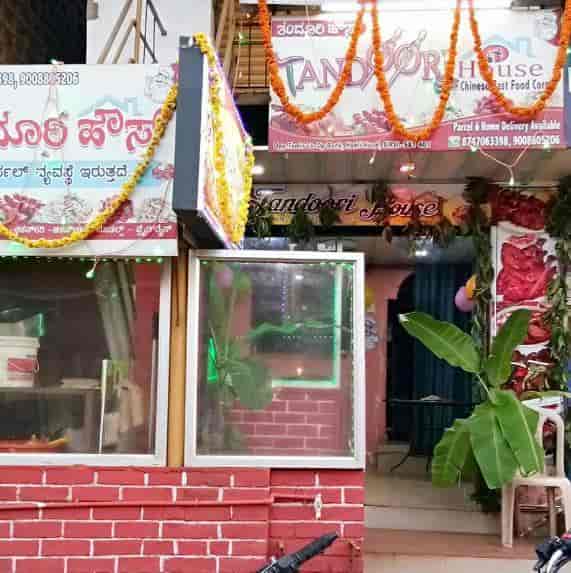
Language: kannada
Transcription: ಇರುತ್ತದೆ